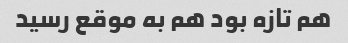
هم تازه بود هم به موقع رسید